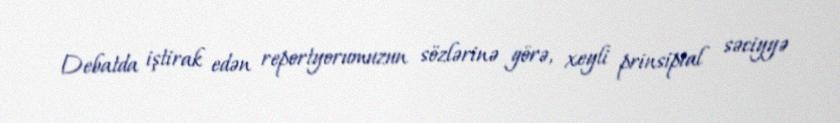
Debatda iştirak edən reportyorumuzun sözlərinə görə, xeyli prinsipial səciyyə